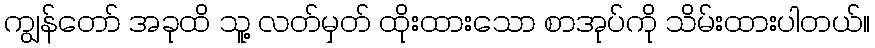
ကျွန်တော် အခုထိ သူ့ လတ်မှတ် ထိုးထားသော စာအုပ်ကို သိမ်းထားပါတယ်။